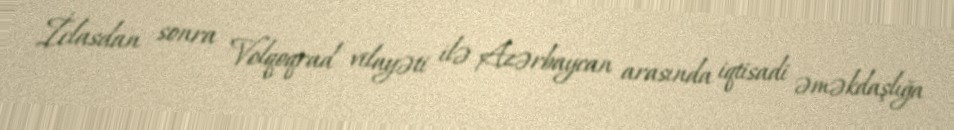
İclasdan sonra Volqoqrad vilayəti ilə Azərbaycan arasında iqtisadi əməkdaşlığa